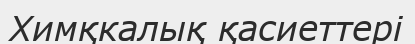
Химқкалық қасиеттері